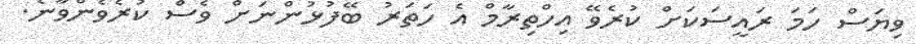
ވިޔަސް ހަމަ ރައީސަކަށް ކުރެވޭ އިހްތިރާމް އެ ހަތަރު ބޭފުޅުންނަށް ވެސް ކުރެވެންވާނެ.